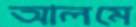
আলমে